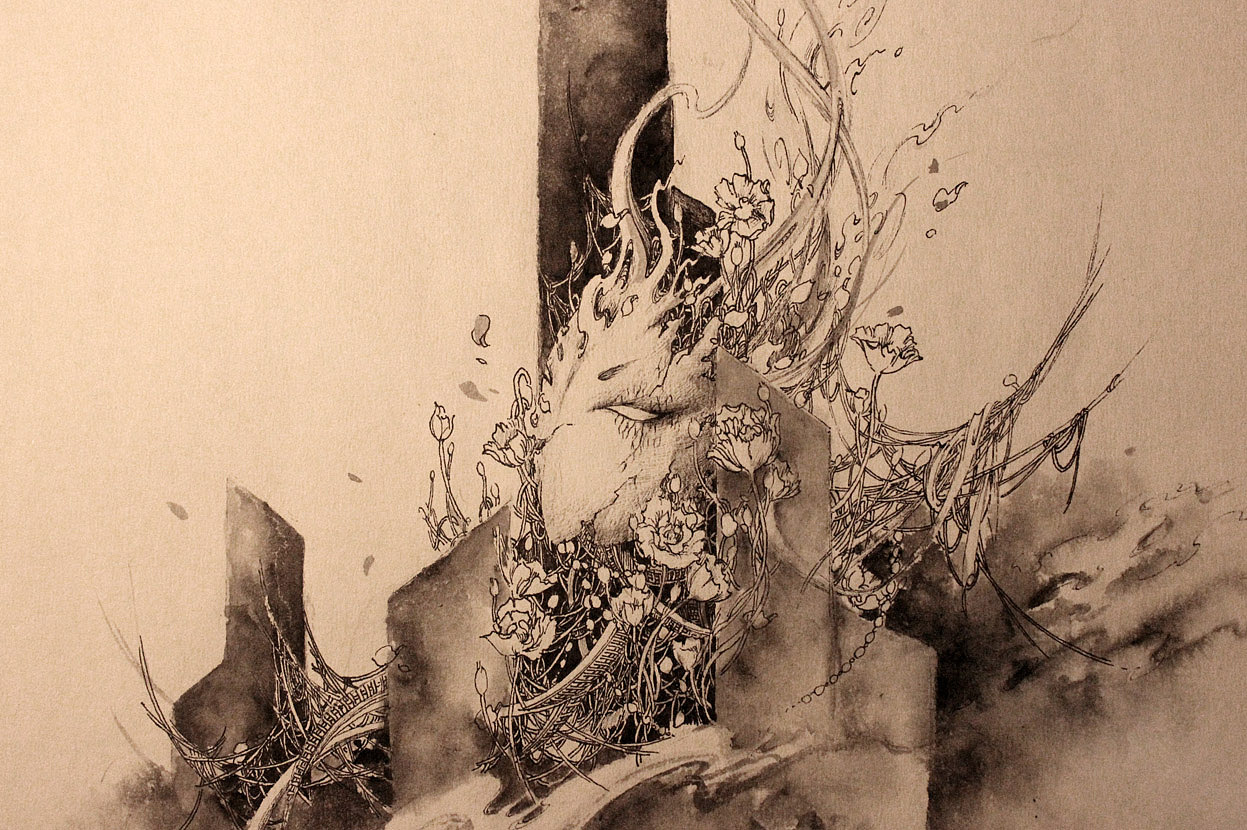
夜来雨横与风狂，断送西园满地香。